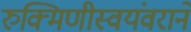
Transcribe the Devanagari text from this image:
रुक्मिणीस्वयंवराने